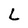
Character: L